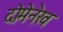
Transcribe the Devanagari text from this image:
दोमेनेख